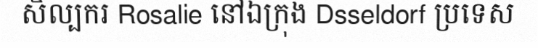
សិល្បករ Rosalie នៅឯក្រុង Dsseldorf ប្រទេស